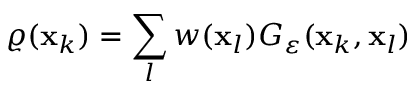
\varrho ( \mathbf { x } _ { k } ) = \sum _ { l } w ( \mathbf { x } _ { l } ) G _ { \varepsilon } ( \mathbf { x } _ { k } , \mathbf { x } _ { l } )